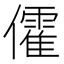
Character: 𠐶